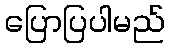
ပြောပြပါမည်